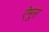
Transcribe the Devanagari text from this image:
ऐमूस